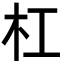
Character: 杠